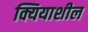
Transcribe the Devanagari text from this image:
क्यियाशील